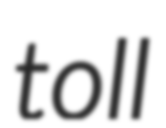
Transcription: toll